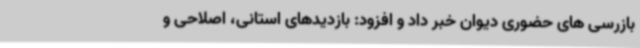
بازرسی های حضوری دیوان خبر داد و افزود: بازدیدهای استانی، اصلاحی و